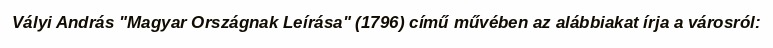
Vályi András "Magyar Országnak Leírása" (1796) című művében az alábbiakat írja a városról: